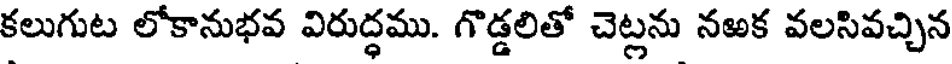
కలుగుట లోకానుభవ విరుద్ధము. గొడ్డలితో చెట్లను నఱక వలసివచ్చిన